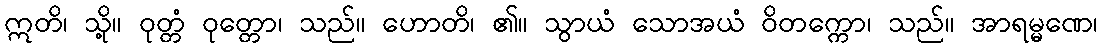
ဣတိ၊ သို့။ ဝုတ္တံ ဝုတ္တော၊ သည်။ ဟောတိ၊ ၏။ သွာယံ သောအယံ ဝိတက္ကော၊ သည်။ အာရမ္မဏေ၊